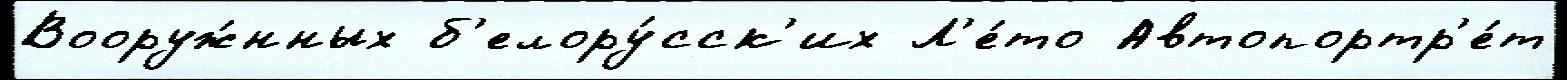
Вооруж́нных б'елору́сск'их Л'е́то Автопортр'е́т